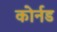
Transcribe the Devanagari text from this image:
कोर्नड